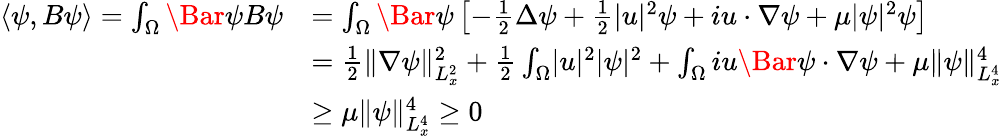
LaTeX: \begin{array}{rl}{\langle\psi,B\psi\rangle=\int_{\Omega}\Bar{\psi}B\psi}&{=\int_{\Omega}\Bar{\psi}\left[-\frac{1}{2}\Delta\psi+\frac{1}{2}\lvert u\rvert^{2}\psi+iu\cdot\nabla\psi+\mu\lvert\psi\rvert^{2}\psi\right]}\\ &{=\frac{1}{2}\lVert\nabla\psi\rVert_{L_{x}^{2}}^{2}+\frac{1}{2}\int_{\Omega}\lvert u\rvert^{2}\lvert\psi\rvert^{2}+\int_{\Omega}iu\Bar{\psi}\cdot\nabla\psi+\mu\lVert\psi\rVert_{L_{x}^{4}}^{4}}\\ &{\ge\mu\lVert\psi\rVert_{L_{x}^{4}}^{4}\ge 0}\end{array}